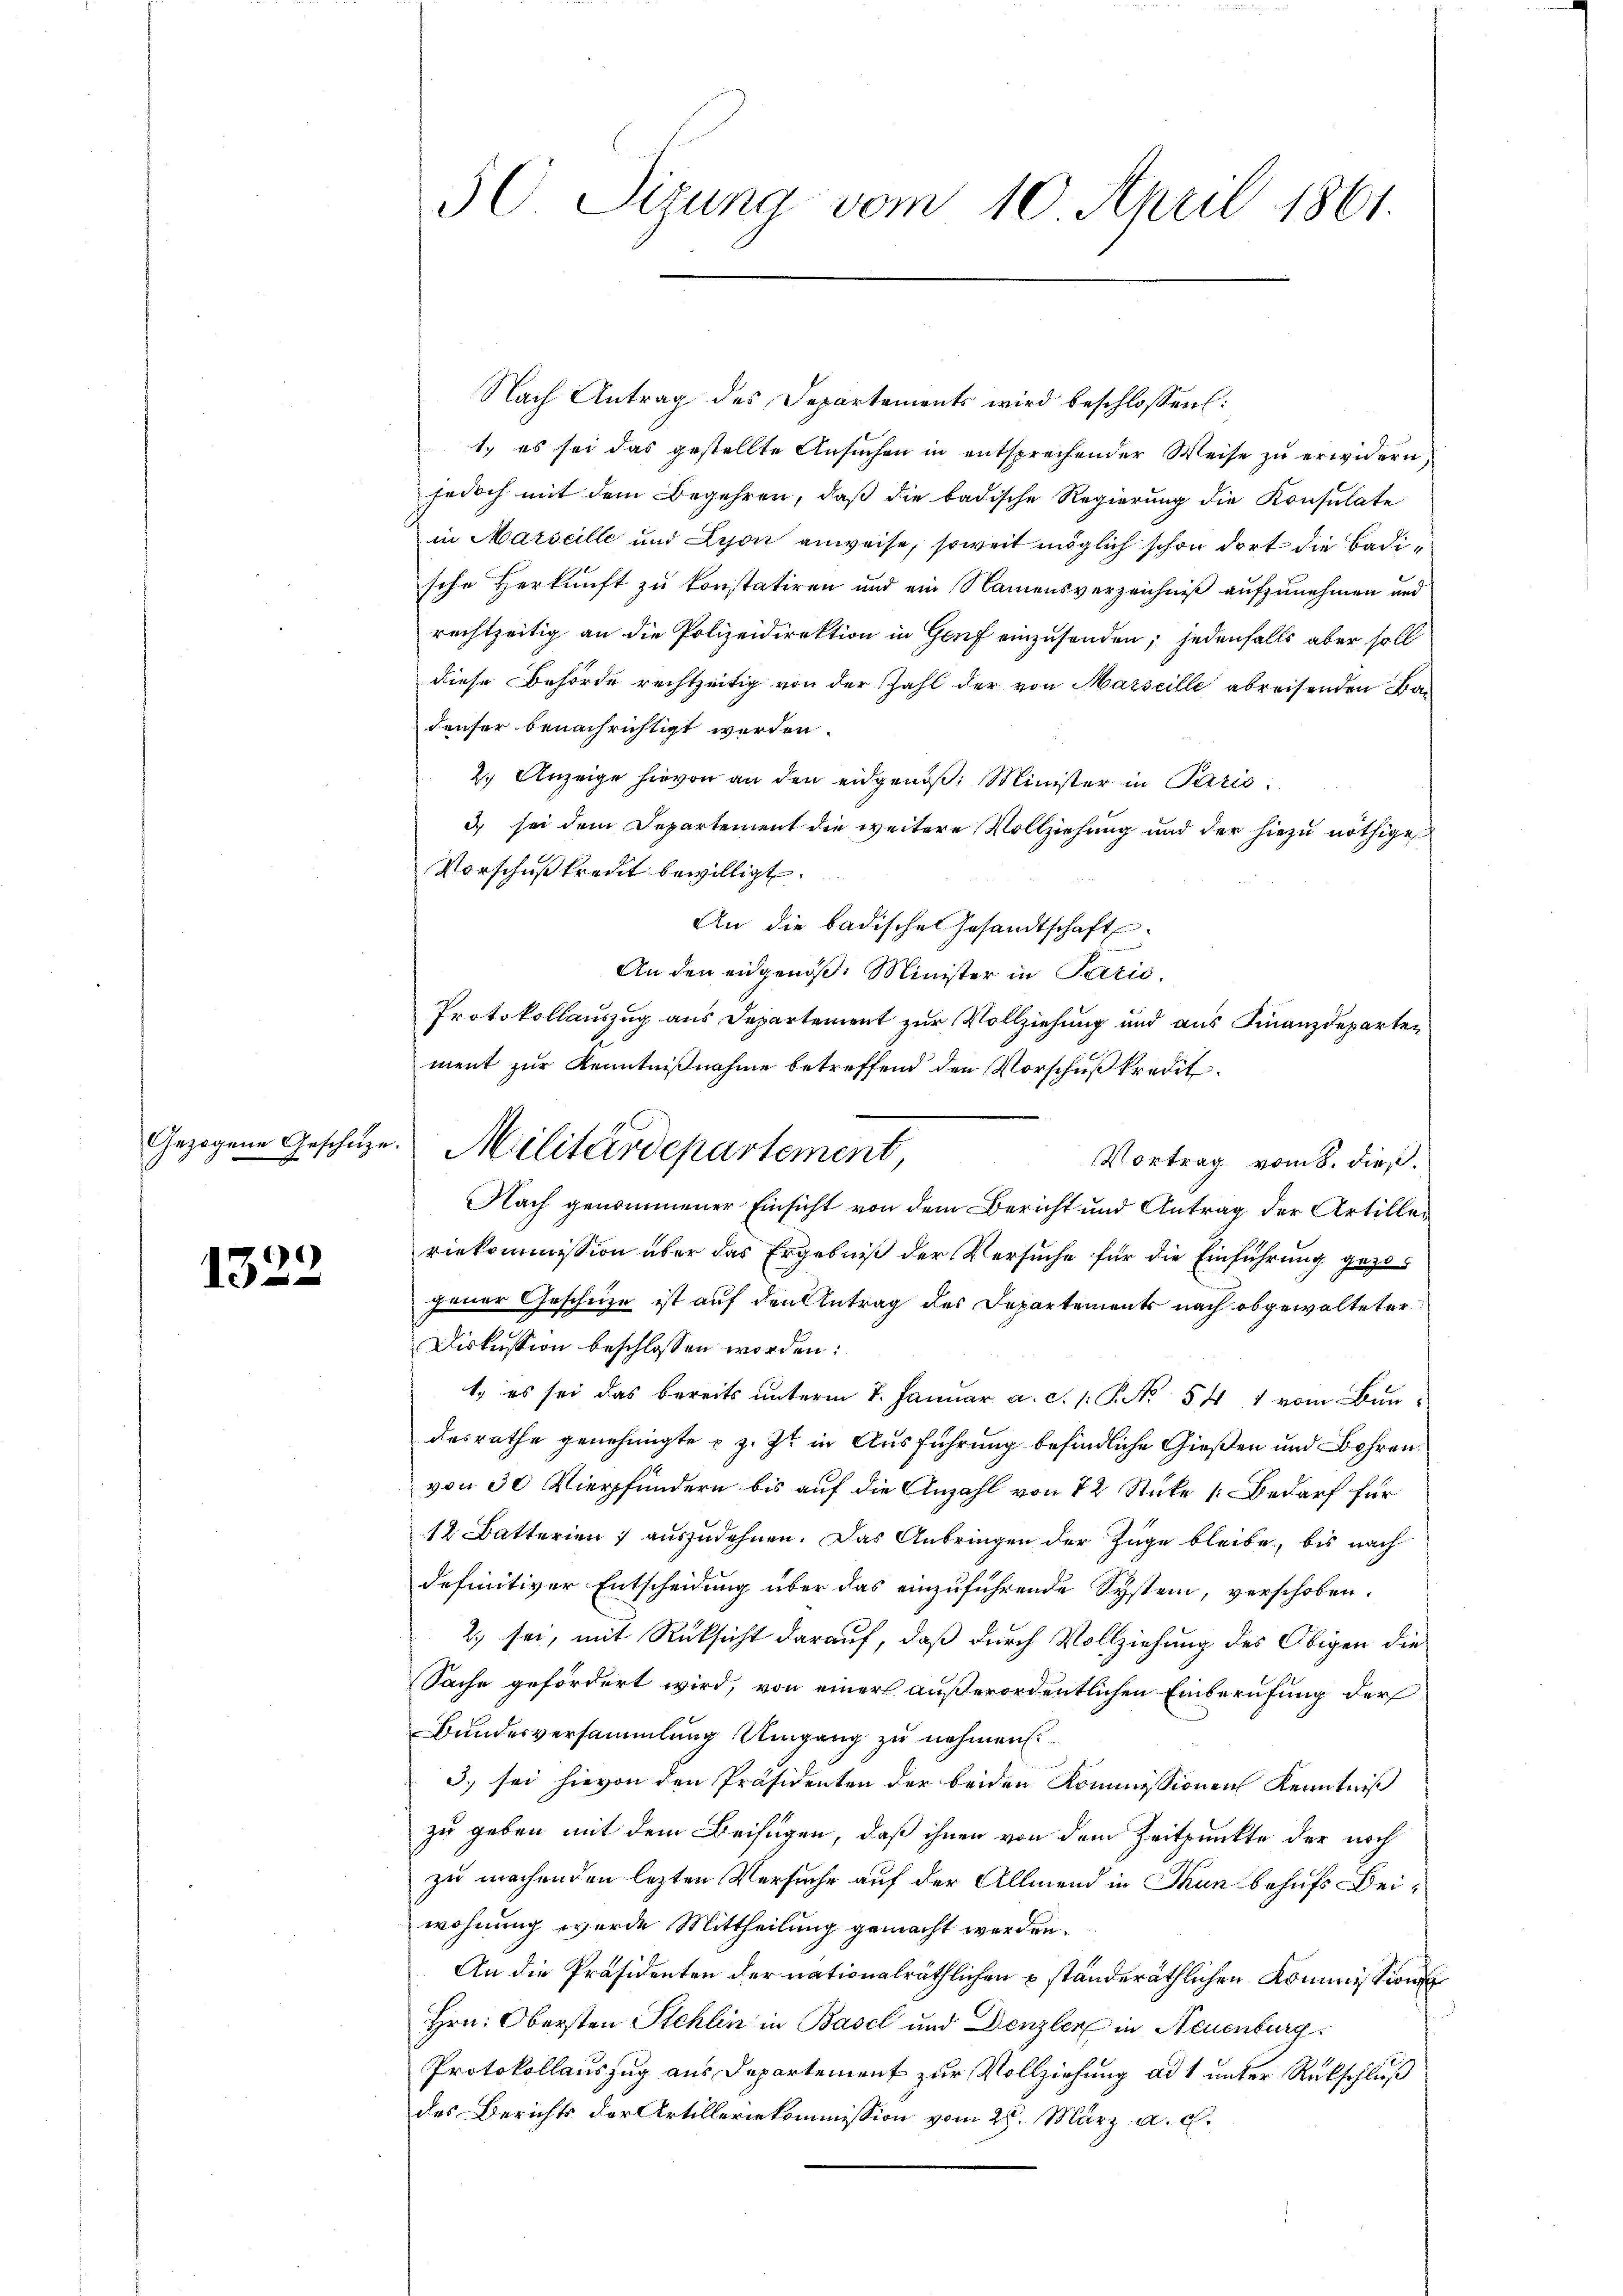
Gezogene Geschäz

1322

50 Sizung vom 10. April 1861.

1
Militärdepartement,

Nach Antrag des Departements wird beschlossen:
1.) es sei das gestellte Ansuchen in entsprechender Weise zu erwidern,
jedoch mit dem Begehren, daß die badische Regierung die Konsulate
in Marseille und Lyon anweise, soweit möglich schon dort die Badische Herkunft zu konstatiren und ein Namensverzeichniß aufzunehmen und
rechtzeitig an die Polizeidirektion in Genf einzusenden; jedenfalls aber soll
diese Behörde rechtzeitig von der Zahl der von Marseille abreisenden Ban
denser benachrichtigt werden.
2.) Anzeige hievon an den eidgenoß: Minister in Paris
3.) sei dem Departement die weitere Vollziehung und der hiezu nöthige
Vorschußkreut bewilligt.
An die badischen Gesandtschaft
An den eidgenöß. Minister in Paris.
Protokollauszug aus Departement zur Vollziehung und aus Finanzdeparten
ment zur Kenntnißnahme betreffend den Vorschuß kredit
Vortrag vom 8. dieß.
Nach genommener Einsicht von dem Bericht und Antrag der Artilleriekommission über das Ergebniß der Versuche für die Einführung gezojener Geschuze ist auf den Antrag des Departements nach obgewalteter
Diskussion beschlossen worden:
1. es sei das bereits unterm 7. Januar a. c. 1 P. Nr. 541 vom Bundesrathe genehmigte u. z. Zt. in Ausführung befindliche Gießen und Bohren.
von 30 Vierhundern bis auf die Anzahl von 12 Stücke [Bedarf für
12 Batterien 7 auszudehnen. Das Anbringen der Züge bleibe, bis nach
definitiver Entscheidung über das einzuführende System, verschoben.
2) sei, mit Rücksicht darauf, daß durch Vollziehung des Obigen die
Sache gefördert wird, von einer außerordentlichen Einberufung der
Bundesversammlung Umgang zu nehmen.
3) sei hievon den Präsidenten der beiden Kommissionen Kenntniß
zu geben mit dem Beifügen, daß ihnen von dem Zeitpunkte der noch
zu machenden lezten Versuche auf der Allmend in Thun behufs Beiwohnung wurde Mittheilung gemacht werden.
An die Präsidenten der nationalräthlichen ständeräthlichen Kommissionen
Hrn. Obersten Stehlin in Basel und Denzler in Neuenburg
Protokollauszug aus Departement zur Vollziehung ad 1 unter Rückschluß
des Berichts der Artilleriekommission vom 28. März a. c.